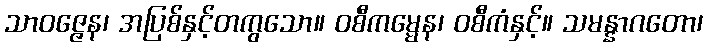
သာဝဇ္ဇေန၊ အပြစ်နှင့်တကွသော။ ဝစီကမ္မေန၊ ဝစီကံနှင့်။ သမန္နာဂတော၊